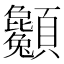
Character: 𩖌